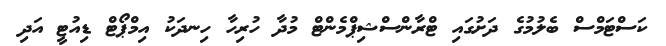
ކަސްޓަމްސް ބެލުމުގެ ދަށުގައި ޓްރާންސްޝިޕްމެންޓް މުދާ ހުރިހާ ހިނދަކު އިމްޕޯޓް ޑިއުޓީ އަދި